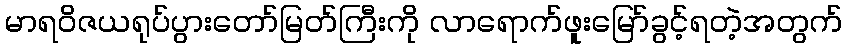
မာရဝိဇယရုပ်ပွားတော်မြတ်ကြီးကို လာရောက်ဖူးမြော်ခွင့်ရတဲ့အတွက်